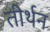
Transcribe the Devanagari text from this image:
तीर्थन